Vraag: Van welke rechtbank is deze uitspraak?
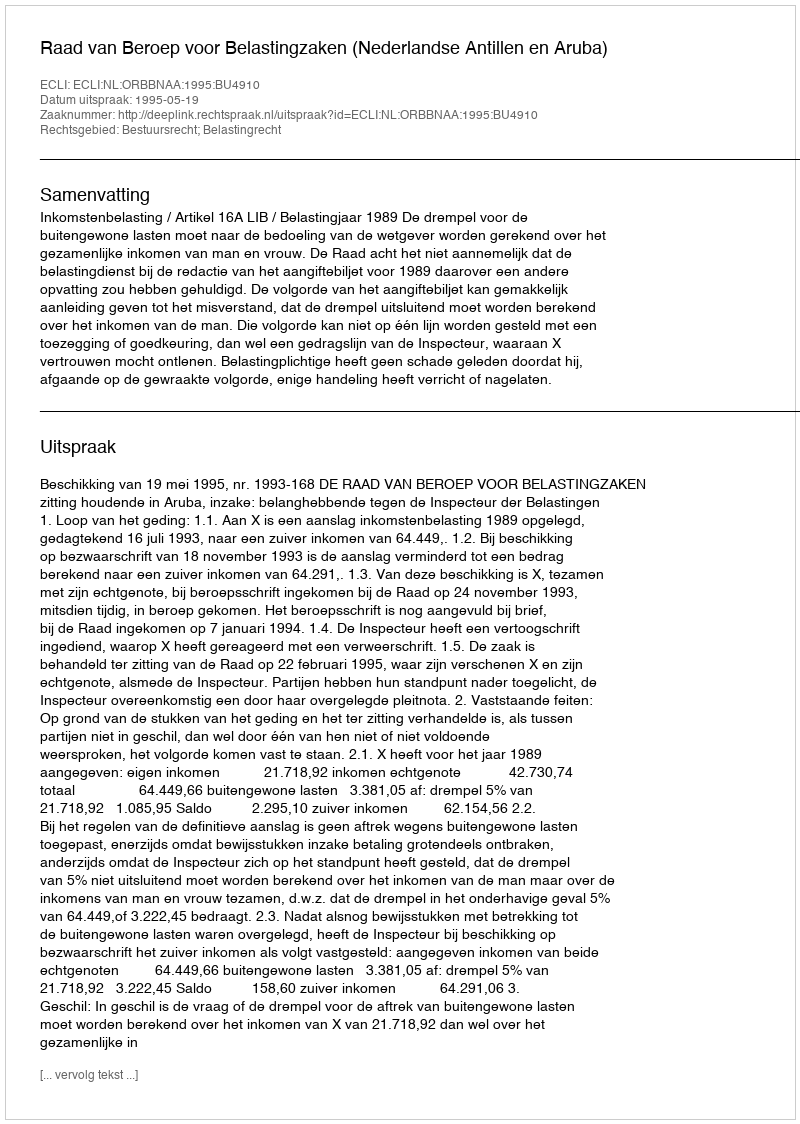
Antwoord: Raad van Beroep voor Belastingzaken (Nederlandse Antillen en Aruba)